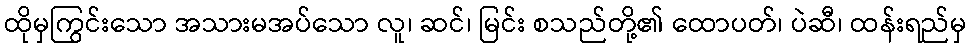
ထိုမှကြွင်းသော အသားမအပ်သော လူ၊ ဆင်၊ မြင်း စသည်တို့၏ ထောပတ်၊ ပဲဆီ၊ ထန်းရည်မှ